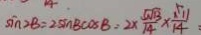
\sin 2 B = 2 \sin B \cos B = 2 \times \frac { 5 \sqrt { 1 3 } } { 1 4 } \times \frac { \sqrt { 1 1 } } { 1 4 } :